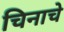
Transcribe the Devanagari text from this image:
चिनाचे